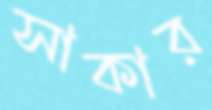
সাকার